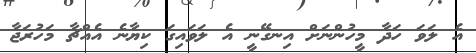
އެ ލަވަ ހަދާ މީހުންނަށް އިނގޭނީ އެ ލަވައިގަ ކިޔާނެ އެއްޗާ މަހުރަޖާ